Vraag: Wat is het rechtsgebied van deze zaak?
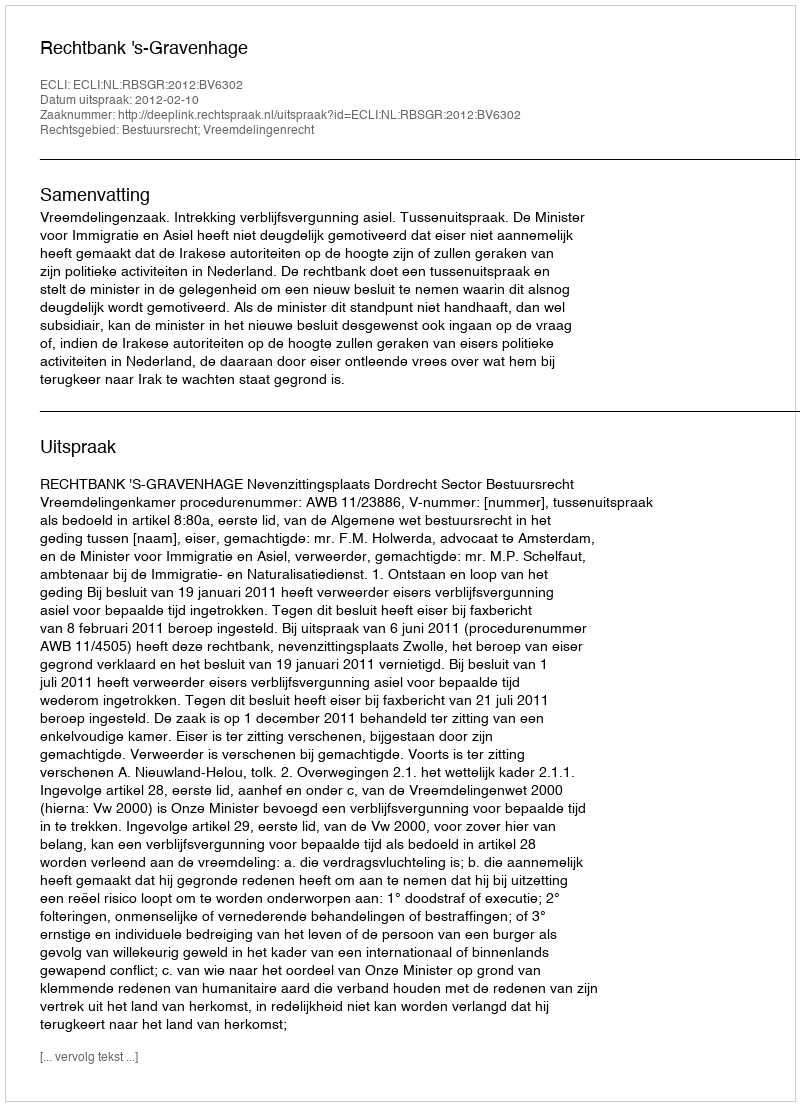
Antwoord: Bestuursrecht; Vreemdelingenrecht